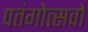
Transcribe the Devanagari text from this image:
पतंगोत्सवों